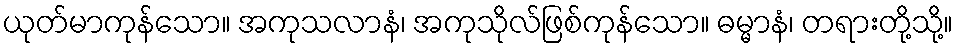
ယုတ်မာကုန်သော။ အကုသလာနံ၊ အကုသိုလ်ဖြစ်ကုန်သော။ ဓမ္မာနံ၊ တရားတို့သို့။